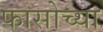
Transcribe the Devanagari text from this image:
फासोच्या